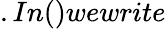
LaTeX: .In()wewrite